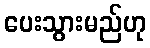
ပေးသွားမည်ဟု